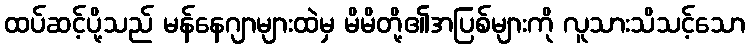
ထပ်ဆင့်ပို့သည် မန်နေဂျာများထဲမှ မိမိတို့၏အပြစ်များကို လူသားသိသင့်သော